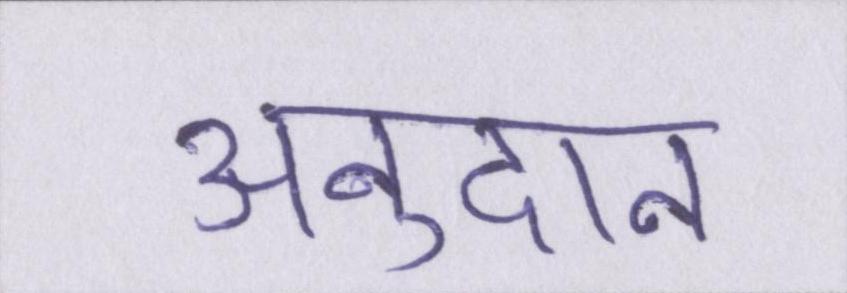
अनुदान